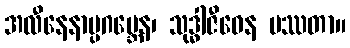
အလီနေနာပ္ပဂဗ္ဘေန၊ သုဒ္ဓါဇီဝေန ပဿတာ။